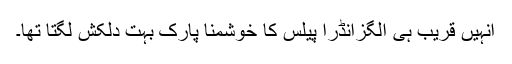
انہیں قریب ہی الگزانڈرا پیلس کا خوشمنا پارک بہت دلکش لگتا تھا۔